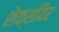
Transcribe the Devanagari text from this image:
शेक्सयिर